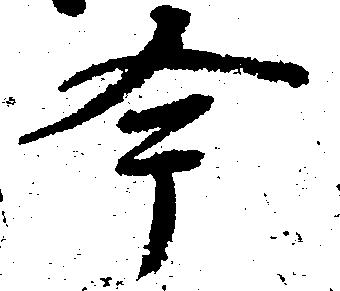
今